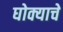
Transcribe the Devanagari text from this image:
घोक्याचे